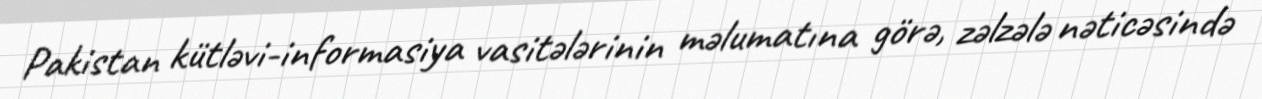
Pakistan kütləvi-informasiya vasitələrinin məlumatına görə, zəlzələ nəticəsində